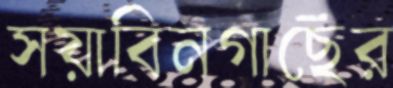
সয়াবিনগাছের